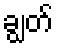
ချွတ်